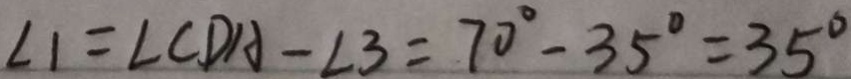
\angle 1 = \angle C D A - \angle 3 = 7 0 ^ { \circ } - 3 5 ^ { \circ } = 3 5 ^ { \circ }